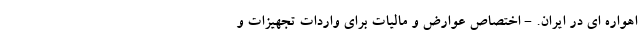
اهواره ای در ایران. - اختصاص عوارض و مالیات برای واردات تجهیزات و